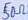
Text: 50Ω